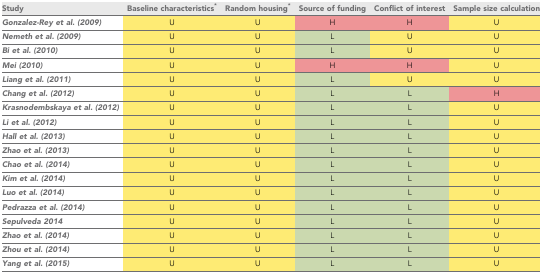
<table><thead><tr><td><b>Study</b></td><td><b>Baseline characteristics<sup>*</sup></b></td><td><b>Random housing<sup>*</sup></b></td><td><b>Source of funding</b></td><td><b>Conflict of interest</b></td><td><b>Sample size calculation</b></td></tr></thead><tbody><tr><td>Gonzalez-Rey et al. (2009)</td><td>U</td><td>U</td><td>H</td><td>H</td><td>U</td></tr><tr><td>Nemeth et al. (2009)</td><td>U</td><td>U</td><td>L</td><td>U</td><td>U</td></tr><tr><td>Bi et al. (2010)</td><td>U</td><td>U</td><td>L</td><td>U</td><td>U</td></tr><tr><td>Mei (2010)</td><td>U</td><td>U</td><td>H</td><td>H</td><td>U</td></tr><tr><td>Liang et al. (2011)</td><td>U</td><td>U</td><td>L</td><td>U</td><td>U</td></tr><tr><td>Chang et al. (2012)</td><td>U</td><td>U</td><td>L</td><td>L</td><td>H</td></tr><tr><td>Krasnodembskaya et al. (2012)</td><td>U</td><td>U</td><td>L</td><td>L</td><td>U</td></tr><tr><td>Li et al. (2012)</td><td>U</td><td>U</td><td>L</td><td>L</td><td>U</td></tr><tr><td>Hall et al. (2013)</td><td>U</td><td>U</td><td>L</td><td>L</td><td>U</td></tr><tr><td>Zhao et al. (2013)</td><td>U</td><td>U</td><td>L</td><td>L</td><td>U</td></tr><tr><td>Chao et al. (2014)</td><td>U</td><td>U</td><td>L</td><td>L</td><td>U</td></tr><tr><td>Kim et al. (2014)</td><td>U</td><td>U</td><td>L</td><td>L</td><td>U</td></tr><tr><td>Luo et al. (2014)</td><td>U</td><td>U</td><td>L</td><td>L</td><td>U</td></tr><tr><td>Pedrazza et al. (2014)</td><td>U</td><td>U</td><td>L</td><td>L</td><td>U</td></tr><tr><td>Sepulveda 2014</td><td>U</td><td>U</td><td>L</td><td>L</td><td>U</td></tr><tr><td>Zhao et al. (2014)</td><td>U</td><td>U</td><td>L</td><td>L</td><td>U</td></tr><tr><td>Zhou et al. (2014)</td><td>U</td><td>U</td><td>L</td><td>L</td><td>U</td></tr><tr><td>Yang et al. (2015)</td><td>U</td><td>U</td><td>L</td><td>L</td><td>U</td></tr></tbody></table>